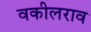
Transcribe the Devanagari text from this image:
वकीलराव